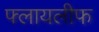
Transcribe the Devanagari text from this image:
फ्लायलीफ